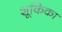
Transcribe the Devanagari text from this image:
शूकिका